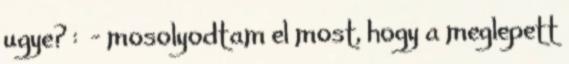
ugye? : - mosolyodtam el most, hogy a meglepett